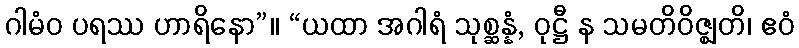
ဂါမံဝ ပရဿ ဟာရိနော”။ “ယထာ အဂါရံ သုစ္ဆန္နံ, ဝုဋ္ဌီ န သမတိဝိဇ္ဈတိ၊ ဧဝံ